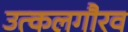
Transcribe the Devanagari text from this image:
उत्कलगौरव